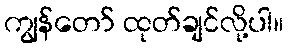
ကျွန်တော် ထုတ်ချင်လို့ပါ။